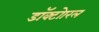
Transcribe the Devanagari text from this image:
डॉक्टोारल